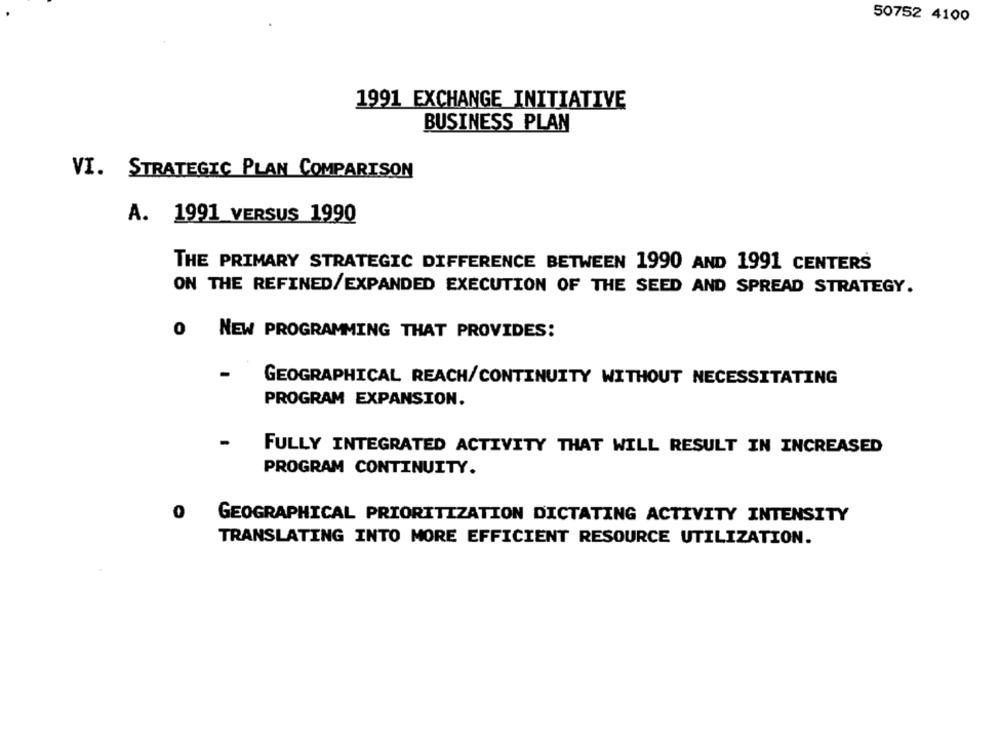
50752 4100
1991 EXCHANGE INITIATIVE
BUSINESS PLAN
VI. STRATEGIC PLAN COMPARISON
A. 1991 VERSUS 1990
THE PRIMARY STRATEGIC DIFFERENCE BETWEEN 1990 AND 1991 CENTERS
ON THE REFINED/EXPANDED EXECUTION OF THE SEED AND SPREAD STRATEGY.
0
NEW PROGRAMMING THAT PROVIDES:
GEOGRAPHICAL REACH/CONTINUITY WITHOUT NECESSITATING
PROGRAM EXPANSION.
-
FULLY INTEGRATED ACTIVITY THAT WILL RESULT IN INCREASED
PROGRAM CONTINUITY.
0
GEOGRAPHICAL PRIORITIZATION DICTATING ACTIVITY INTENSITY
TRANSLATING INTO MORE EFFICIENT RESOURCE UTILIZATION.